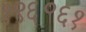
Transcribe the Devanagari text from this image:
१९६॰६१